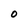
Character: O